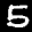
Label: 5